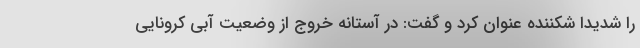
را شدیدا شکننده عنوان کرد و گفت: در آستانه خروج از وضعیت آبی کرونایی